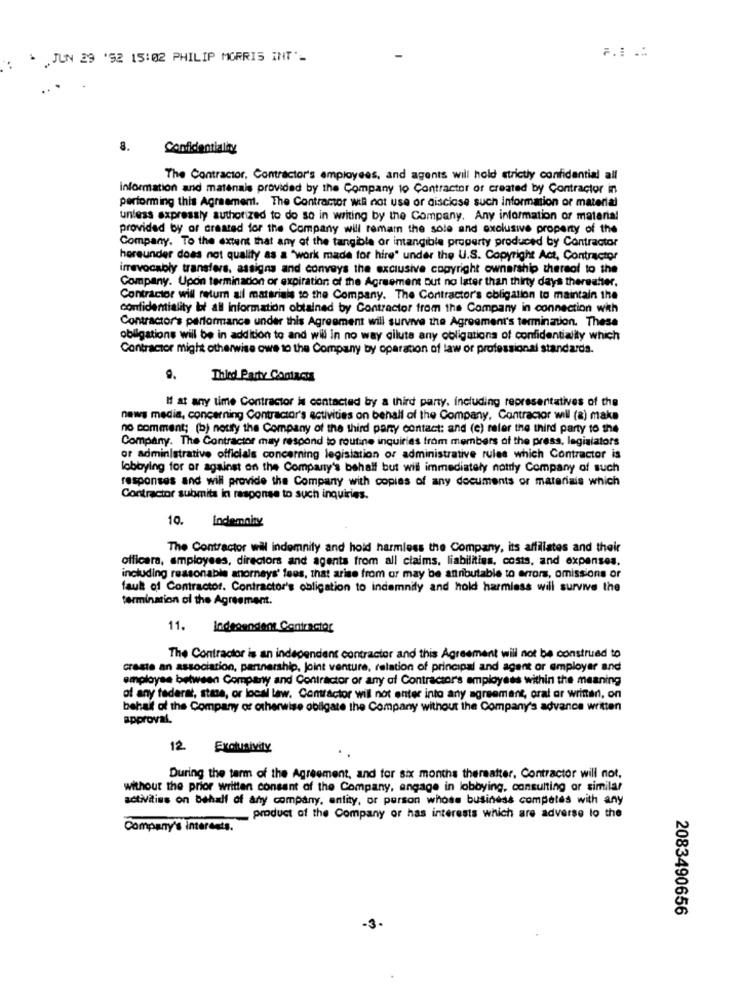
JUN 29 '92 15:02 PHILIP MORRIS INT'-
a.
The Contractor, Contractor's employees, and agents will hold strictly confidential all
information and matenais provided by the Company to Contractor of created by Contractor in
performing this Agreement. The Contractor will not use or disclose such information or material
unless expressly authorized to do so in writing by the Company. Any information or material
provided by or created for the Company will remam the sole and exclusive property of the
Company, To the extent that any of the tangible or intangible property produced by Contractor
hereunder does not quality as a "work made for hire" under the U.S. Copyright Act, Contractor
irrevocably transfers, assigns and conveys the exclusive copyright ownership thereol to the
Company. Upon terminacon or expiration of the Agreement out no later than thirty days thereafter.
Contractor will return all materials to the Company. The Contractor's obligation to maintain the
confidentiality bot all information obtained by Contractor from the Company in connection with
Contractor's performance under this Agreement will survive the Agreement's termination. These
obligations will be in addition to and will in no way dilute any obligations of confidentiality which
Contractor might otherwise owe to the Company by operation of law or professional standards.
0.
Third Party Contacts
If at any time Contractor is contacted by a third party, including representatives of the
news media, concerning Contractor's activities on behalf of the Company, Contractor will (a) make
no comment; (b) notify the Company of the third party contact: and (e) refer the third party to the
Company. The Contractor may respond to routine inquiries trom members of the press, legislators
or administrative officials concerning legislation or administrative rules which Contractor is
lobbying for or against on the Company's behalf but will immediately notrly Company of such
responses and will provide the Company with copies of any documents or materiais which
Contractor submita in response to such inquiries.
Indemnity
10.
The Contractor wil indemnity and hold harmless the Company, its affiliates and their
officara, employees, directors and agents from all claims, liabilities, costs, and expenses.
including reasonable anorneys' fees, that arise from or may be attributable to errors, omissions or
faul of Contractor. Contractor's obligation to indemnity and hold harmless will survive the
termination of the Agreement.
11.
Independent Contractor
The Contractor is an independent contractor and this Agreement will not be construed to
create an association, partnership, joint venture, relation of principal and agent or employer and
employee between Company and Contractor or any of Contractors employees within the meaning
of any federal, state, or local law. Contractor wil not enter into any agreement, oral or written, on
behalf of the Company of otherwise obligate the Company without the Company's advance written
approval.
12
Exclusivity
During the term of the Agreement, and for six months thereafter. Contractor will not,
without the prior written consent of the Company, engage in lobbying, consulting or similar
activities on behalf of any company, entity, or person whose business competes with any
product of the Company or has interests which are adverse to the
Company's interests.
2083490656
-3.